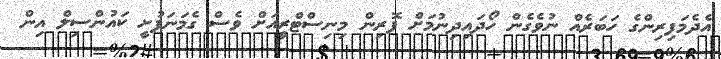
އެދެމަފިރިންގެ ހަބަރެއް ނުވެގެން ހޯދައިދިނުމަށް ފޮރިން މިނިސްޓްރީއަށް ވެސް ގެމަނަފުށީ ކައުންސިލް އިން